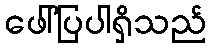
ဖေါ်ပြပါရှိသည်